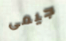
جيمى